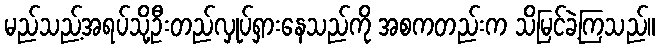
မည်သည့်အရပ်သို့ဦးတည်လှုပ်ရှားနေသည်ကို အစကတည်းက သိမြင်ခဲ့ကြသည်။